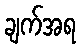
ချက်အရ